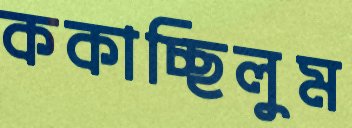
ককাচ্ছিলুম